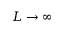
L \rightarrow \infty